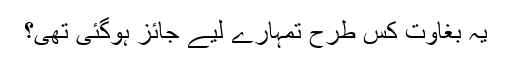
یہ بغاوت کس طرح تمہارے لیے جائز ہوگئی تھی؟